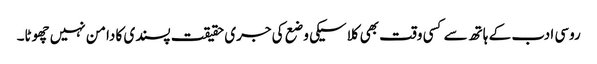
روسی ادب کے ہاتھ سے کسی وقت بھی کلاسیکی وضع کی جری حقیقت پسندی کا دامن نہیں چھوٹا۔